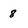
Character: 8